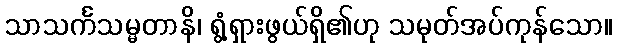
သာသင်္ကသမ္မတာနိ၊ ရွံ့ရှားဖွယ်ရှိ၏ဟု သမုတ်အပ်ကုန်သော။